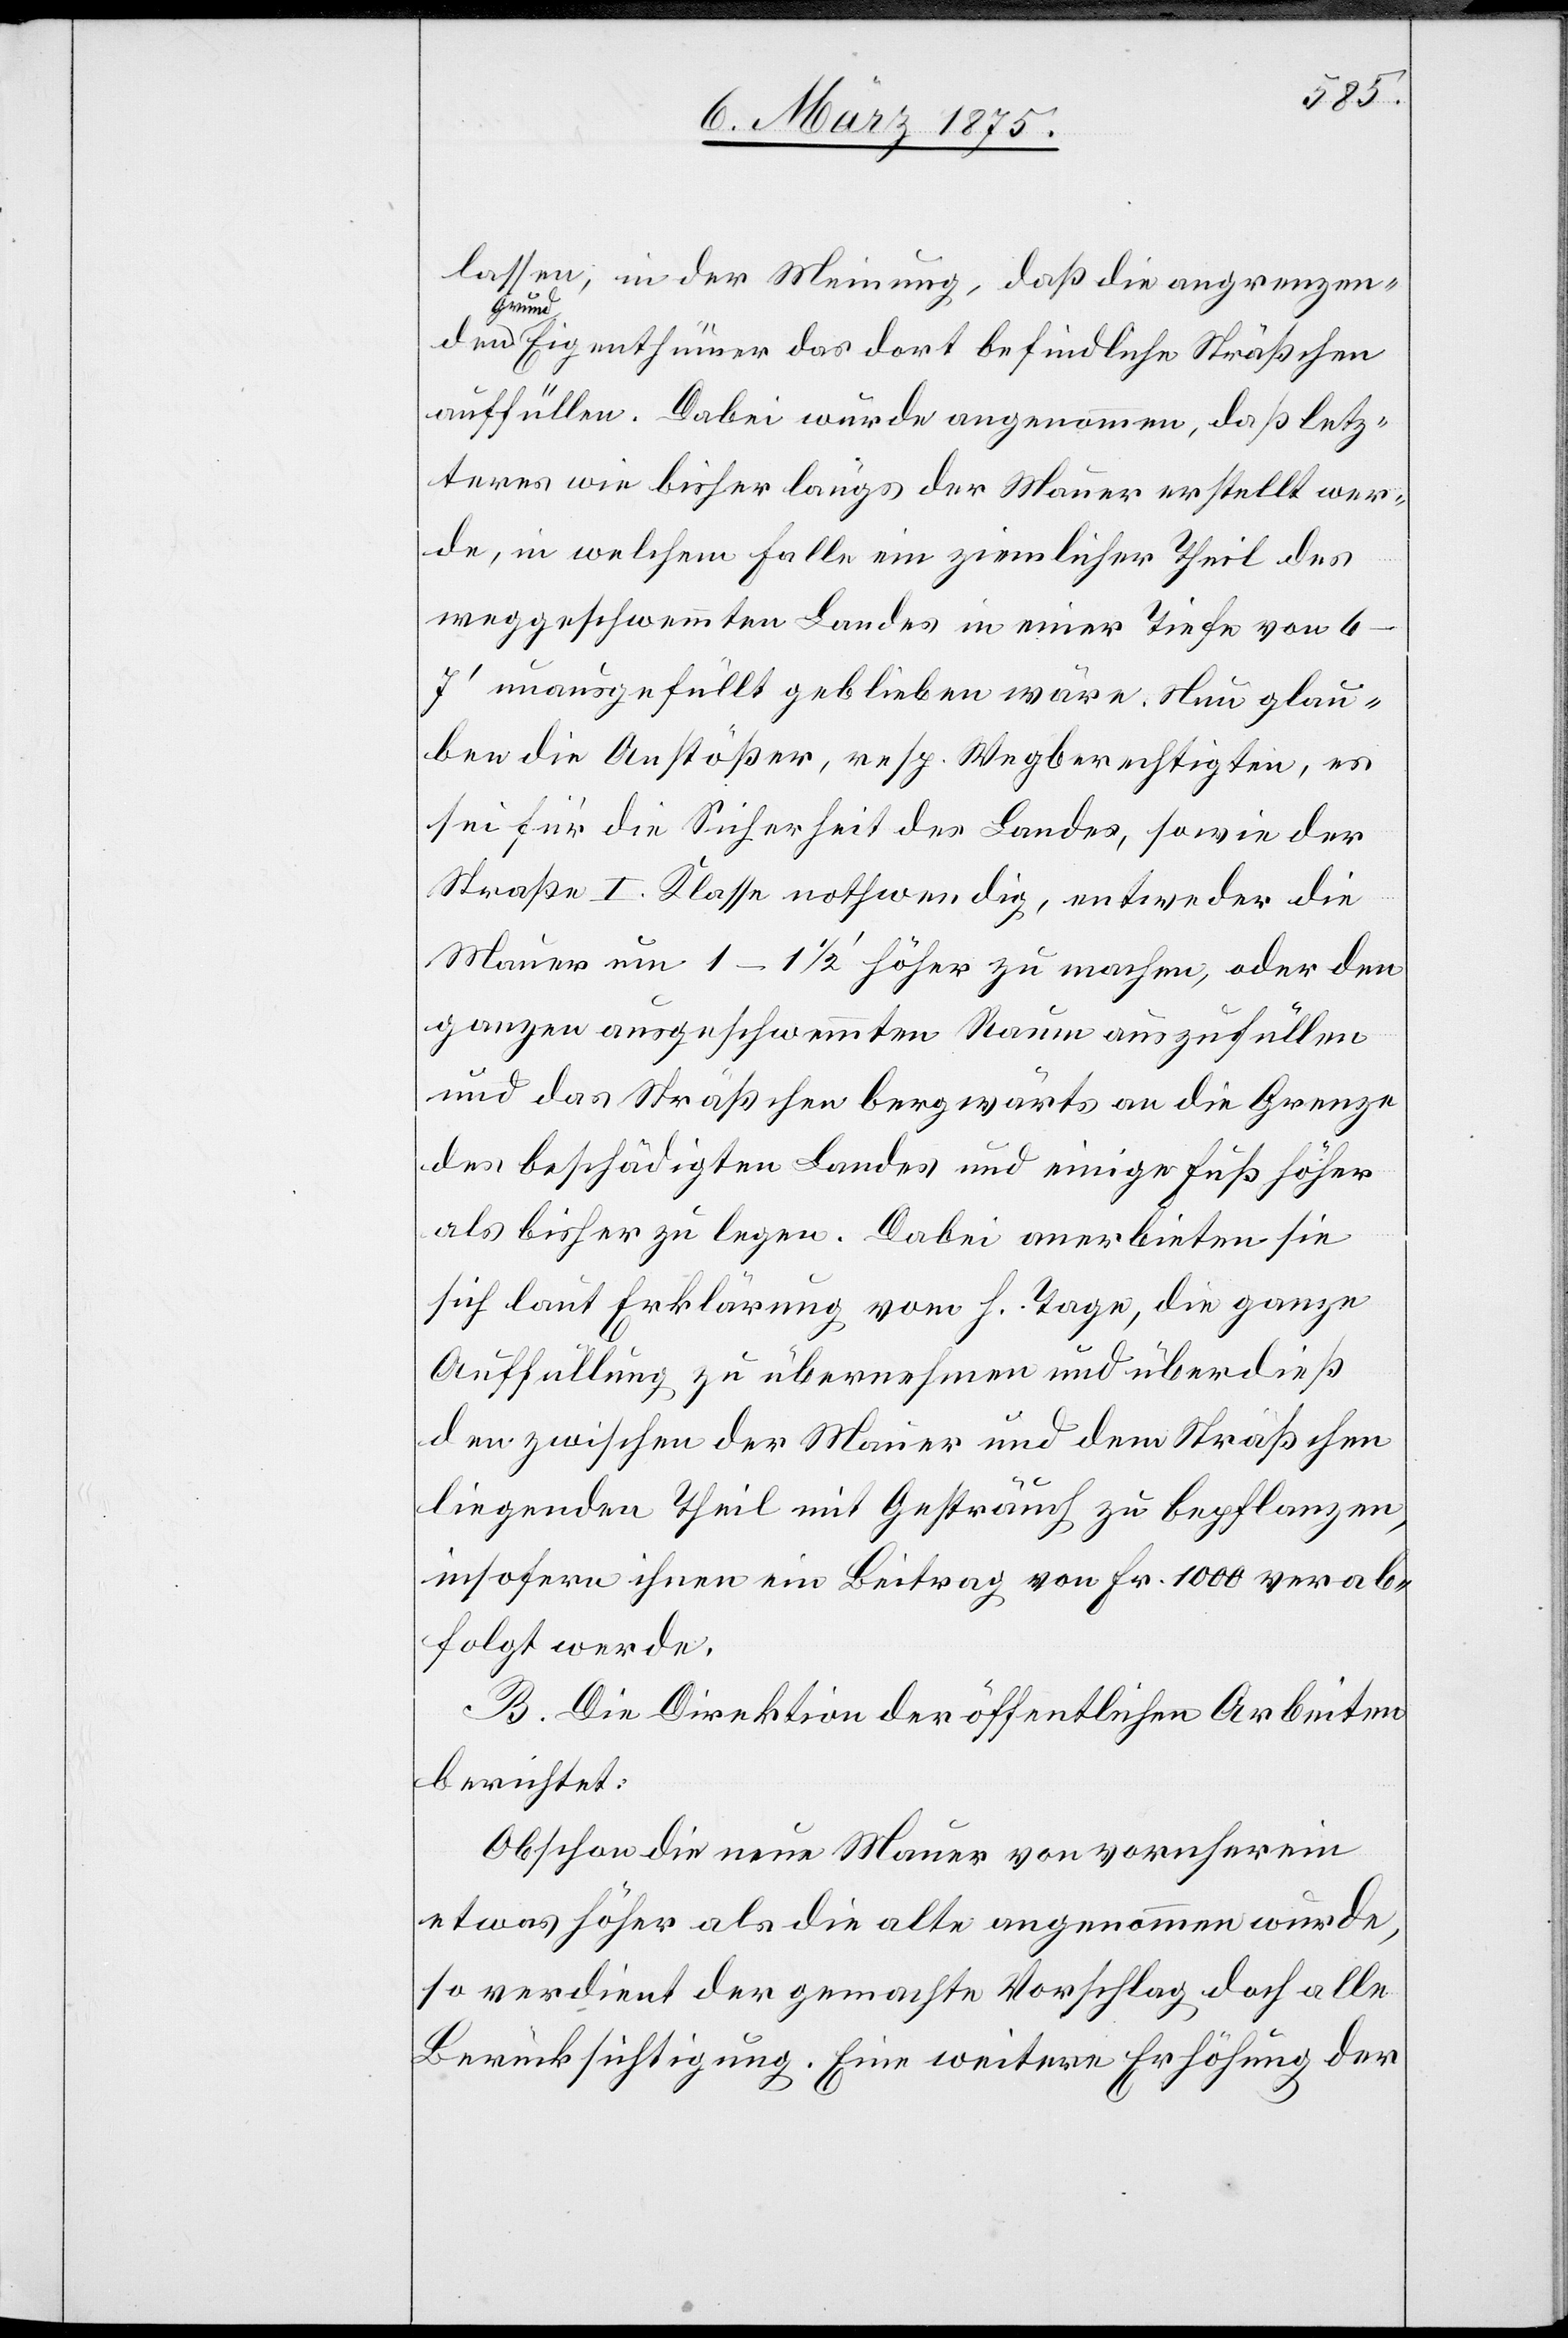
lassen, in der Meinung, daß die angrenzen¬
d-a Eigenthümer das dort befindliche Sträßchen
auffüllen. Dabei wurde angenommen, daß letz¬
teres wie bisher längs der Mauer erstellt wer¬
de, in welchem Falle ein ziemlicher Theil des
a-Grun¬
weggeschwemmten Landes in einer Tiefe von
4–7‘ unausgefüllt geblieben wäre. Nun glau¬
ben die Anstößer, resp. Wegberechtigten, es
sei für die Sicherheit des Landes, sowie der
Straße I. Klasse nothwendig, entweder die
Mauer um 1–1 1/2‘ höher zu machen, oder den
ganzen ausgeschwemmten Raum auszufüllen
und das Sträßchen bergwärts an die Grenze
des beschädigten Landes und einige Fuß höher
als bisher zu legen. Dabei anerbieten sie
sich laut Erklärung vom h. Tage, die ganze
Auffüllung zu übernehmen und überdieß
den zwischen der Mauer und dem Sträßchen
liegenden Theil mit Gesträuch zu bepflanzen,
insofern ihnen ein Beitrag von Fr. 1000 verab¬
folgt werde.
B. Die Direktion der öffentlichen Arbeiten
berichtet:
Obschon die neue Mauer von vornherein
etwas höher als die alte angenommen wurde,
so verdient der gemachte Vorschlag doch alle
Berücksichtigung, Eine weitere Erhöhung der